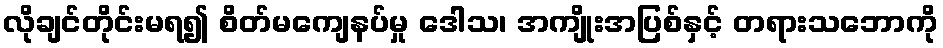
လိုချင်တိုင်းမရ၍ စိတ်မကျေနပ်မှု ဒေါသ၊ အကျိုးအပြစ်နှင့် တရားသဘောကို